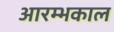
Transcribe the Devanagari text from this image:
आरम्भकाल